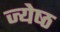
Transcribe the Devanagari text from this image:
ज्‍येष्‍ठ